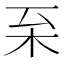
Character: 𣏏